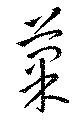
菓